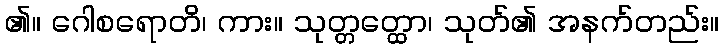
၏။ ဂေါစရောတိ၊ ကား။ သုတ္တတ္ထော၊ သုတ်၏ အနက်တည်း။